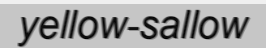
yellow-sallow